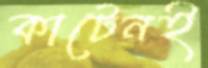
কাটেনই